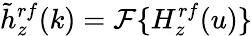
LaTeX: \tilde{h}_{z}^{rf}(k)=\mathcal{F}\{ H_{z}^{rf}(u)\}